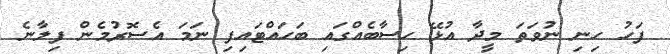
ފަހު ހިނި ނުވަތަ މީދާ އުޅޭ ހިސާބެއްގައި ބަހައްޓައިފި ނަމަ އެސޮރުމެން ފިލާނެ